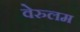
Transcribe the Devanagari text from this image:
वेरुलम